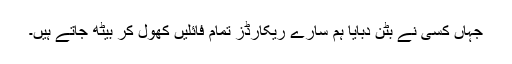
جہاں کسی نے بٹن دبایا ہم سارے ریکارڈز تمام فائلیں کھول کر بیٹھ جاتے ہیں۔